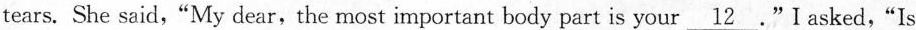
tears. She said,"My dear,the most important body part is your \underline{12}."I asked,"Is